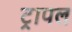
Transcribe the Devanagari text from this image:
ट्रापल